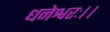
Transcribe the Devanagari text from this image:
धनेश्वरः।।